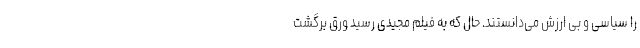
را سیاسی و بی ارزش می‌دانستند. حال که به فیلم مجیدی رسید ورق برگشت